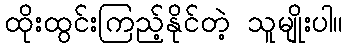
ထိုးထွင်းကြည့်နိုင်တဲ့ သူမျိုးပါ။